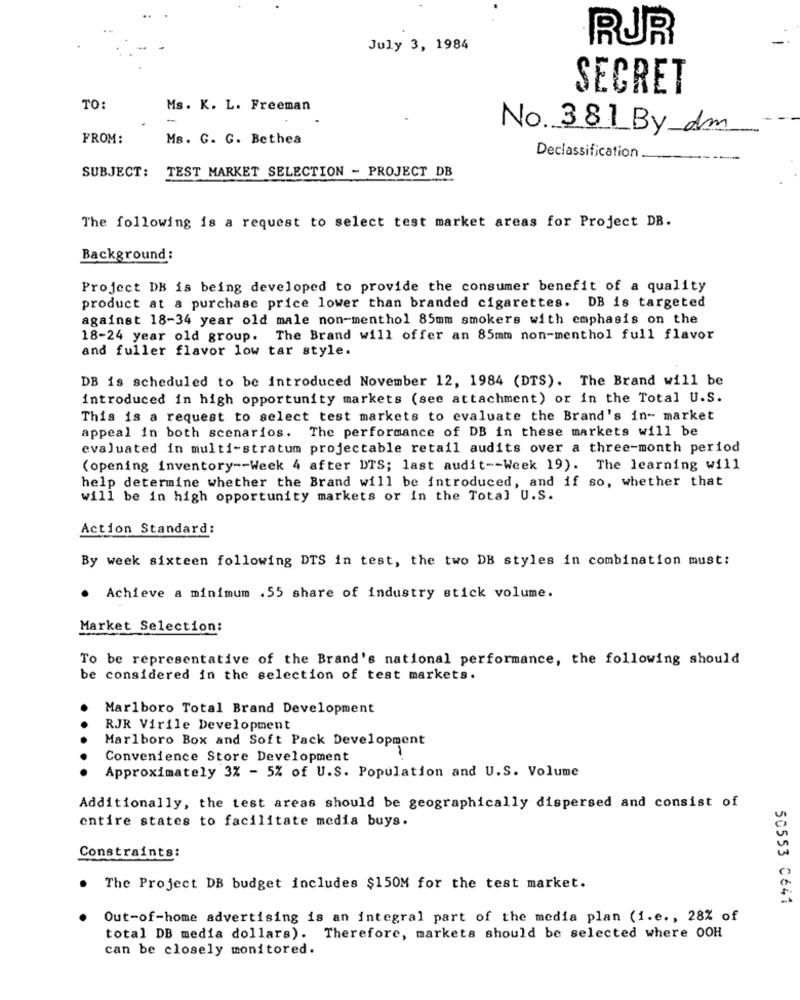
RUR
July 3, 1984
SECRET
TO:
Ms. K. L. Freeman
No. 381 By dm
FROM:
Ms. G. G. Bethea
Declassification
SUBJECT: TEST MARKET SELECTION - PROJECT DB
The following is a request to select test market areas for Project DB.
Background:
Project DB is being developed to provide the consumer benefit of a quality
product at a purchase price lower than branded cigarettes. DB is targeted
against 18-34 year old male non-menthol 85mm smokers with emphasis on the
18-24 year old group. The Brand will offer an 85mm non-menthol full flavor
and fuller flavor low tar style.
DB is scheduled to be introduced November 12, 1984 (DTS). The Brand will be
introduced in high opportunity markets (see attachment) or in the Total U.S.
This is a request to select test markets to evaluate the Brand's in- market
appeal in both scenarios. The performance of DB in these markets will be
evaluated in multi-stratum projectable retail audits over a three-month period
(opening inventory -- Week 4 after DTS; last audit -- Week 19). The learning will
help determine whether the Brand will be introduced, and if so, whether that
will be in high opportunity markets or in the Total U.S.
Action Standard:
By week sixteen following DTS in test, the two DB styles in combination must:
. Achieve a minimum .55 share of industry stick volume.
Market Selection:
To be representative of the Brand's national performance, the following should
be considered in the selection of test markets.
Marlboro Total Brand Development
RJR Virile Development
Marlboro Box and Soft Pack Development
Convenience Store Development
Approximately 3% - 5% of U.S. Population and U.S. Volume
Additionally, the test areas should be geographically dispersed and consist of
entire states to facilitate media buys.
Constraints:
The Project DB budget includes $150M for the test market.
50553 0641
Out-of-home advertising is an integral part of the media plan (i.e ., 28% of
total DB media dollars). Therefore, markets should be selected where OOH
can be closely monitored.